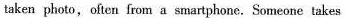
taken photo,often from a smartphone. Someone takes